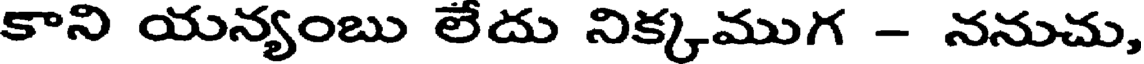
కాని యన్యంబు లేదు నిక్కముగ - ననుచు,